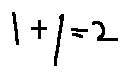
1 + 1 = 2